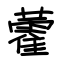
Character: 藿